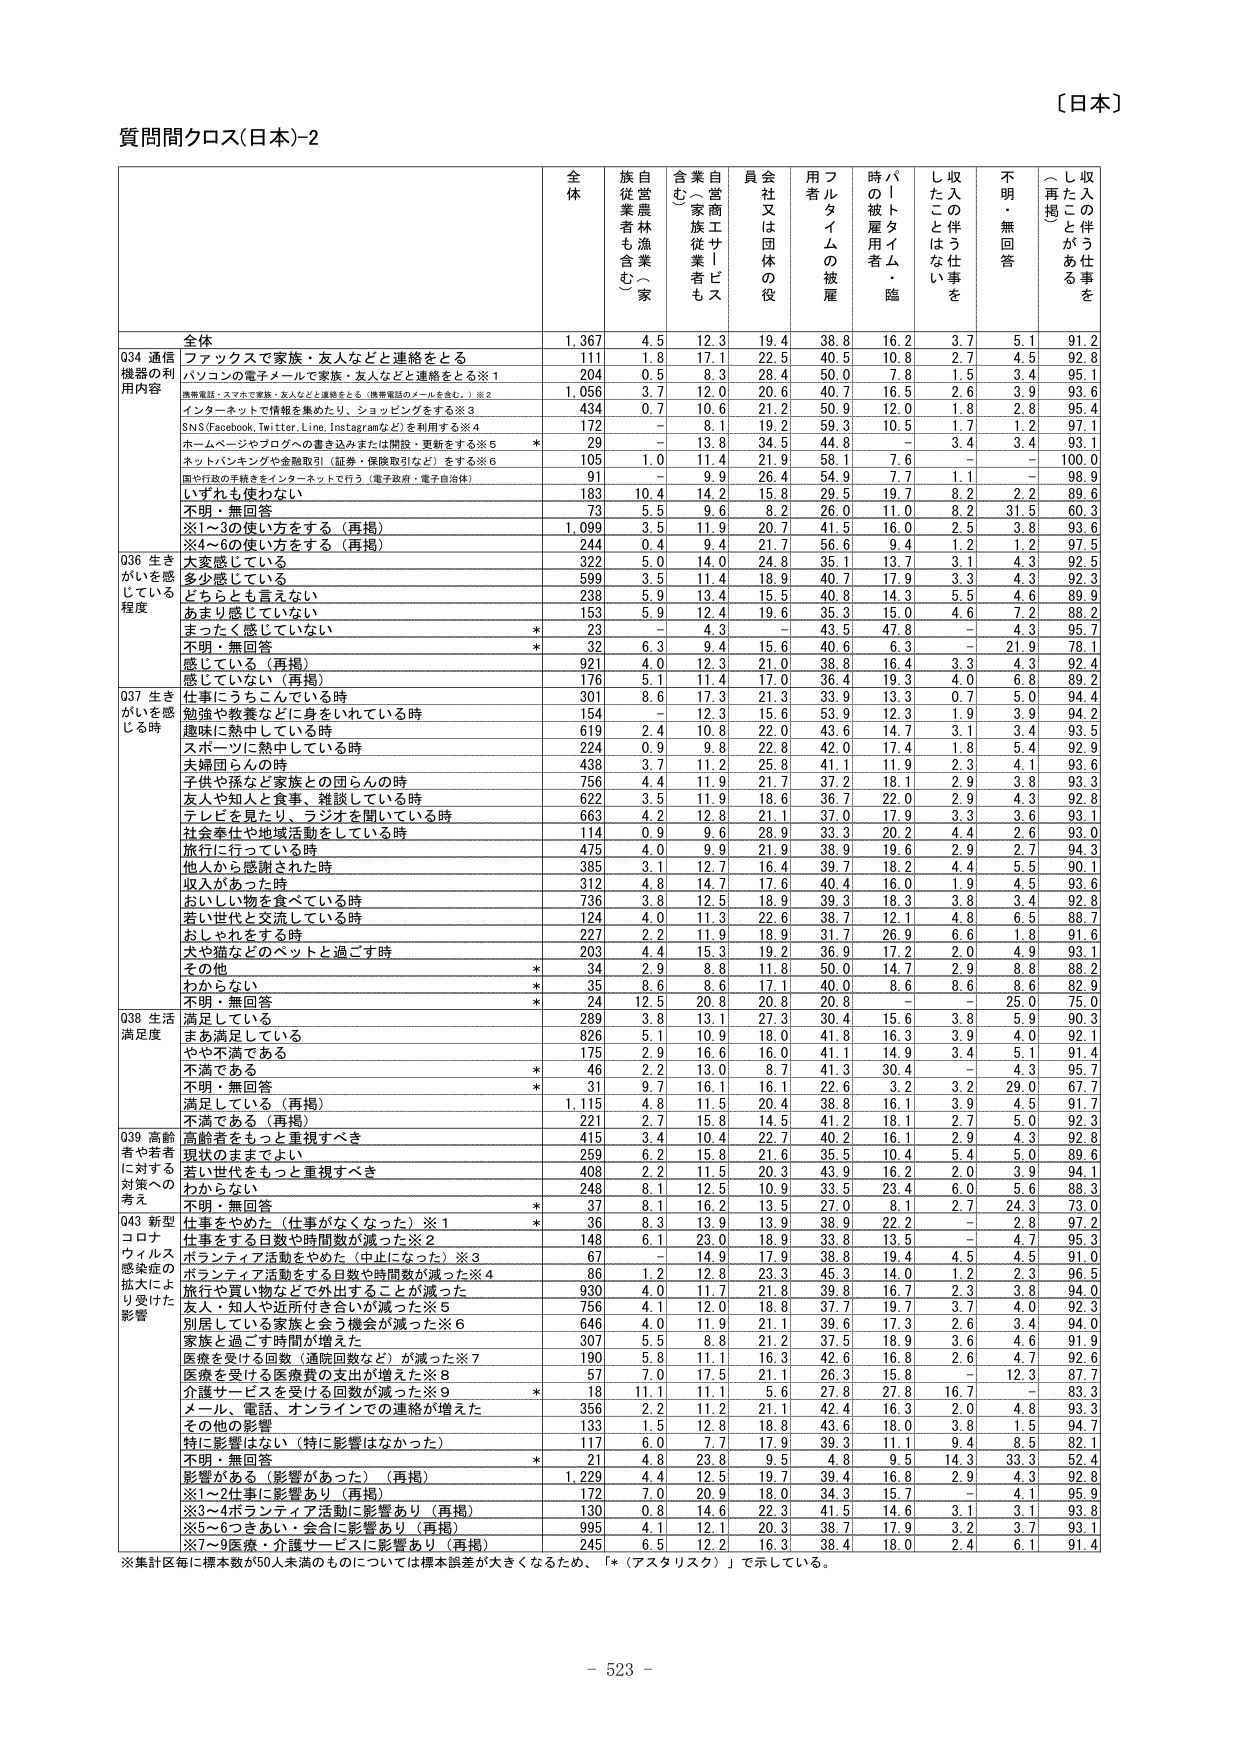
〔日本〕
質問間クロス(日本)-2

全体
Q34 通信
機器の利
用内容
Q36 生き
がいを感じている
程度
Q37 生きがいを感じる時
Q38 生活
満足度
Q39 高齢者や若者に対する対策への考え
Q43 新型
コロナ
ウイルス
感染症の
拡大により受けた
影響

全
体
族自
従業
者林
者も漁
含む）
業（家
含む）
自営商工サービス
業（家族従業者も含む）
員会
社又は団体の役
用者
フルタイムの被雇
時パートタイム・臨
被雇用者
し収入の伴う仕事を
たことはない
不
明・無回答
（再掲）
し収入の伴う仕事を
たことがある

全体
1,367
4.5
12.3
19.4
38.8
16.2
3.7
5.1
91.2

ファックスで家族・友人などと連絡をとる
111
1.8
17.1
22.5
40.5
10.8
2.7
4.5
92.8

パソコンの電子メールで家族・友人などと連絡をとる※1
204
0.5
8.3
28.4
50.0
7.8
1.5
3.4
95.1

携帯電話・スマホで家族・友人などと連絡をとる（携帯電話のメールを含む。）※2
1,056
3.7
12.0
20.6
40.7
16.5
2.6
3.9
93.6

インターネットで情報を集めたり、ショッピングをする※3
434
0.7
10.6
21.2
50.9
12.0
1.8
2.8
95.4

SNS（Facebook, Twitter, Line, Instagramなど）を利用する※4
172
－
8.1
19.2
59.3
10.5
1.7
1.2
97.1

ホームページやブログへの書き込みまたは開設・更新をする※5
29
－
13.8
34.5
44.8
－
3.4
3.4
93.1

ネットバンキングや金融取引（証券・保険取引など）をする※6
105
1.0
11.4
21.9
58.1
7.6
－
－
100.0

国や行政の手続きをインターネットで行う（電子政府・電子自治体）
91
－
9.9
26.4
54.9
7.7
1.1
－
98.9

いずれも使わない
183
10.4
14.2
15.8
29.5
19.7
8.2
2.2
89.6

不明・無回答
73
5.5
9.6
8.2
26.0
11.0
8.2
31.5
60.3

※1～3の使い方をする（再掲）
1,099
3.5
11.9
20.7
41.5
16.0
2.5
3.8
93.6

※4～6の使い方をする（再掲）
244
0.4
9.4
21.7
56.6
9.4
1.2
1.2
97.5

大変感じている
322
5.0
14.0
24.8
35.1
13.7
3.1
4.3
92.5

多少感じている
599
3.5
11.4
18.9
40.7
17.9
3.3
4.3
92.3

どちらとも言えない
238
5.9
13.4
15.5
40.8
14.3
5.5
4.6
89.9

あまり感じていない
153
5.9
12.4
19.6
35.3
15.0
4.6
7.2
88.2

まったく感じていない
*
23
－
4.3
－
43.5
47.8
－
4.3
95.7

不明・無回答
*
32
6.3
9.4
15.6
40.6
6.3
－
21.9
78.1

感じている（再掲）
921
4.0
12.3
21.0
38.8
16.4
3.3
4.3
92.4

感じていない（再掲）
176
5.1
11.4
17.0
36.4
19.3
4.0
6.8
89.2

仕事にうちこんでいる時
301
8.6
17.3
21.3
33.9
13.3
0.7
5.0
94.4

勉強や教養などに身をいれている時
154
－
12.3
15.6
53.9
12.3
1.9
3.9
94.2

趣味に熱中している時
619
2.4
10.8
22.0
43.6
14.7
3.1
3.4
93.5

スポーツに熱中している時
224
0.9
9.8
22.8
42.0
17.4
1.8
5.4
92.9

夫婦団らんの時
438
3.7
11.2
25.8
41.1
11.9
2.3
4.1
93.6

子供や孫など家族との団らんの時
756
4.4
11.9
21.7
37.2
18.1
2.9
3.8
93.3

友人や知人と食事・雑談している時
622
3.5
11.9
18.6
36.7
22.0
2.9
4.3
92.8

テレビを見たり、ラジオを聞いている時
663
4.2
12.8
21.1
37.0
17.9
3.3
3.6
93.1

社会奉仕や地域活動をしている時
114
0.9
9.6
28.9
33.3
20.2
4.4
2.6
93.0

旅行に行っている時
475
4.0
9.9
21.9
38.9
19.6
2.9
2.7
94.3

他人から感謝された時
385
3.1
12.7
16.4
39.7
18.2
4.4
5.5
90.1

収入があった時
312
4.8
14.7
17.6
40.4
16.0
1.9
4.5
93.6

おいしい物を食べている時
736
3.8
12.5
18.9
39.3
18.3
3.8
3.4
92.8

若い世代と交流している時
124
4.0
11.3
22.6
38.7
12.1
4.8
6.5
88.7

おしゃれをする時
227
2.2
11.9
18.9
31.7
26.9
6.6
1.8
91.6

犬や猫などのペットと過ごす時
203
4.4
15.3
19.2
36.9
17.2
2.0
4.9
93.1

その他
*
34
2.9
8.8
11.8
50.0
14.7
2.9
8.8
88.2

わからない
*
35
8.6
8.6
17.1
40.0
8.6
8.6
82.9

不明・無回答
*
24
12.5
20.8
20.8
20.8
－
－
25.0
75.0

満足している
289
3.8
13.1
27.3
30.4
15.6
3.8
5.9
90.3

まあ満足している
826
5.1
10.9
18.0
41.8
16.3
3.9
4.0
92.1

やや不満である
175
2.9
16.6
16.0
41.1
14.9
3.4
5.1
91.4

不満である
*
46
2.2
13.0
8.7
41.3
30.4
－
4.3
95.7

不明・無回答
*
31
9.7
16.1
16.1
22.6
3.2
3.2
29.0
67.7

満足している（再掲）
1,115
4.8
11.5
20.4
38.8
16.1
3.9
4.5
91.7

不満である（再掲）
221
2.7
15.8
14.5
41.2
18.1
2.7
5.0
92.3

高齢者をもっと重視すべき
415
3.4
10.4
22.7
40.2
16.1
2.9
4.3
92.8

現状のままでよい
259
6.2
15.8
21.6
35.5
10.4
5.4
5.0
89.6

若い世代をもっと重視すべき
408
2.2
11.5
20.3
43.9
16.2
2.0
3.9
94.1

わからない
248
8.1
12.5
10.9
33.5
23.4
6.0
5.6
88.3

不明・無回答
*
37
8.1
16.2
13.5
27.0
8.1
2.7
24.3
73.0

仕事をやめた（仕事がなくなった）※1
*
36
8.3
13.9
13.9
38.9
22.2
－
2.8
97.2

仕事をする日数や時間数が減った※2
148
6.1
23.0
18.9
33.8
13.5
－
4.7
95.3

ボランティア活動をやめた（中止になった）※3
67
－
14.9
17.9
38.8
19.4
4.5
4.5
91.0

ボランティア活動をする日数や時間数が減った※4
86
1.2
12.8
23.3
45.3
14.0
1.2
2.3
96.5

旅行や買い物などで外出することが減った
930
4.0
11.7
21.8
39.8
16.7
2.3
3.8
94.0

友人・知人や近所付き合いが減った※5
756
4.1
12.0
18.8
37.7
19.7
3.7
4.0
92.3

別居している家族と会う機会が減った※6
646
4.0
11.9
21.1
39.6
17.3
2.6
3.4
94.0

家族と過ごす時間が増えた
307
5.5
8.8
21.2
37.5
18.9
3.6
4.6
91.9

医療を受けた回数（通院回数など）が減った※7
190
5.8
11.1
16.3
42.6
16.8
2.6
4.7
92.6

医療を受けた医療費の支出が増えた※8
57
7.0
17.5
21.1
26.3
15.8
－
12.3
87.7

介護サービスを受けた回数が減った※9
*
18
11.1
11.1
5.6
27.8
27.8
16.7
－
83.3

メール、電話、オンラインでの連絡が増えた
356
2.2
11.2
21.1
42.4
16.3
2.0
4.8
93.3

その他の影響
133
1.5
12.8
18.8
43.6
18.0
3.8
1.5
94.7

特に影響はない（特に影響はなかった）
117
6.0
7.7
17.9
39.3
11.1
9.4
8.5
82.1

不明・無回答
*
21
4.8
23.8
9.5
4.8
9.5
14.3
33.3
52.4

影響がある（影響があった）（再掲）
1,229
4.4
12.5
19.7
39.4
16.8
2.9
4.3
92.8

※1～2仕事に影響あり（再掲）
172
7.0
20.9
18.0
34.3
15.7
－
4.1
95.9

※3～4ボランティア活動に影響あり（再掲）
130
0.8
14.6
22.3
41.5
14.6
3.1
3.1
93.8

※5～6つきあい・会合に影響あり（再掲）
995
4.1
12.1
20.3
38.7
17.9
3.2
3.7
93.1

※7～9医療・介護サービスに影響あり（再掲）
245
6.5
12.2
16.3
38.4
18.0
2.4
6.1
91.4

※集計区毎に標本数が50人未満のものについては標本誤差が大きくなるため、「*（アスタリスク）」で示している。

- 523 -